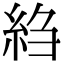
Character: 䋓